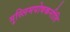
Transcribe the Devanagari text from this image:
मुस्लिमपोषकनीति